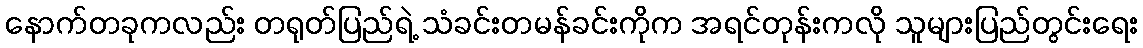
နောက်တခုကလည်း တရုတ်ပြည်ရဲ့ သံခင်းတမန်ခင်းကိုက အရင်တုန်းကလို သူများပြည်တွင်းရေး